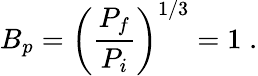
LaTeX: B_{p}=\left(\frac{P_{f}}{P_{i}}\right)^{1/3}=1\; .